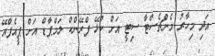
އަދި މިހާރު މެންޗެސްޓާ ސިޓީ އަށް ކުޅޭ ފްރޭންކް ލަމްޕާޑް އަށް ޕީއެފްއޭ